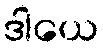
ဒါယေ